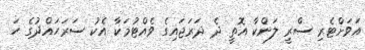
އަވަށްޓެރި ސްރީ ލަންކާ އޮތީ ދެ ދަރަޖައިގެ ވެއްޓުމަކާ އެކު ސަރަހައްދުގެ ހަ